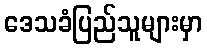
ဒေသခံပြည်သူများမှာ